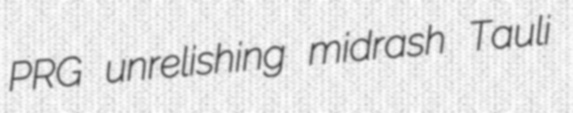
PRG unrelishing midrash Tauli